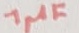
Text: 1µF